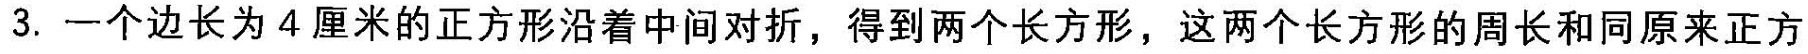
3.一个边长为4厘米的正方形沿着中间对折，得到两个长方形，这两个长方形的周长和同原来正方